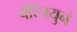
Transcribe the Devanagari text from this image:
पॅटिग्र्युने